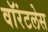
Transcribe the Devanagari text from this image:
वॉरंटलेस